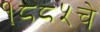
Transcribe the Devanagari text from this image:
१८८५चे